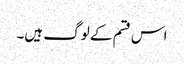
اس قسم کے لوگ ہیں۔